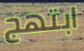
ابتهج